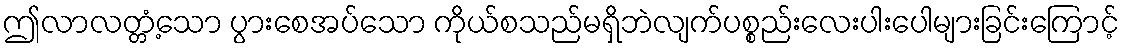
ဤလာလတ္တံ့သော ပွားစေအပ်သော ကိုယ်စသည်မရှိဘဲလျက်ပစ္စည်းလေးပါးပေါများခြင်းကြောင့်